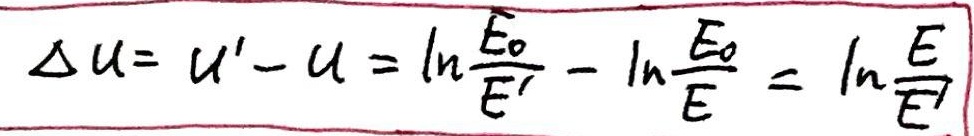
\[\Delta u = u' - u = \ln\frac{E_0}{E'} - \ln\frac{E_0}{E} = \ln\frac{E}{E'}\]